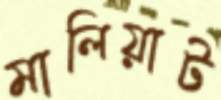
মালিয়াট